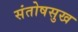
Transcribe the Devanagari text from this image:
संतोषसुख